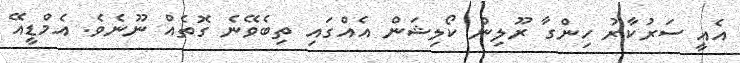
އެއީ ސަރުކާރު ހިންގާ ރޫލިން ކޯލިޝަން އެއްގައި ތިބެވޭނެ ގޮތެއް ނޫނެވެ. އެމްޑީއޭ